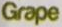
Grape